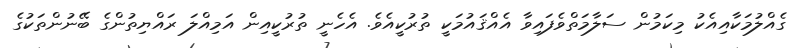
ގެއްލުމަކާއިއެކު މިކަމުން ސަލާމަތްވެފައިވާ އެއްޤައުމަކީ ތުރުކީއެވެ. އެހެނީ ތުރުކީއިން އަމިއްލަ ރައްޔިތުންގެ ބޭނުންތަކުގެ